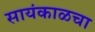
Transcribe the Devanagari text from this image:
सायंकाळचा